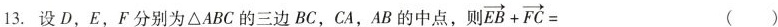
13. 设D,E,F分别为ΔABC的三边BC,CA,AB的中点,则 $$\overrightarrow { E B } + \overrightarrow { F C } = ( )$$